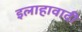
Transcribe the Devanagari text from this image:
इलाहावादी